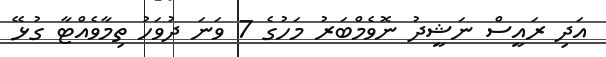
އަދި ރައީސް ނަޝީދު ނޮވެމްބަރު މަހުގެ 7 ވަނަ ދުވަހު ތިމާވެއްޓާ ގުޅޭ